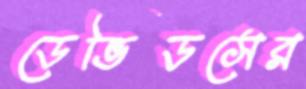
ডেভিডসের